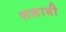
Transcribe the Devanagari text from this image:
शलाबी